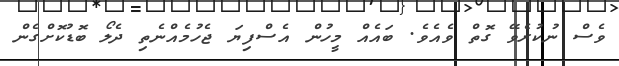
ވެސް ނުކުރެވޭ ގޮތް ވެއެވެ. ބައެއް މީހުން އެސްފިޔަ ޖެހުމެއްނެތި ދެލޯ ބޮޑުކޮށްގެން